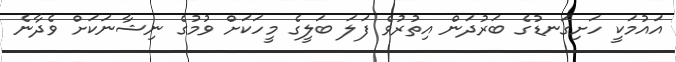
އައުމަކީ ހަށިގަނޑުގެ ބަރުދަން އިތުރުވެ ފަލަ ބަލީގެ މީހަކަށް ވުމުގެ ނިޝާނަކަށް ވެދާނެ